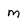
Character: m